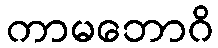
ကာမဘောဂိ